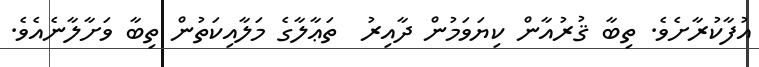
އުފާކުރާށެވެ. ތިބާ ޤުރުއާން ކިޔަވަމުން ދާއިރު  ތަޢާލާގެ މަލާއިކަތުން ތިބާ ވަށާލާނެއެވެ.